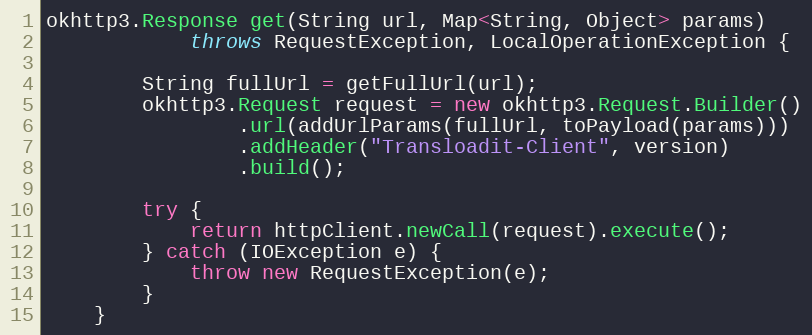
Language: Java
okhttp3.Response get(String url, Map<String, Object> params)
            throws RequestException, LocalOperationException {

        String fullUrl = getFullUrl(url);
        okhttp3.Request request = new okhttp3.Request.Builder()
                .url(addUrlParams(fullUrl, toPayload(params)))
                .addHeader("Transloadit-Client", version)
                .build();

        try {
            return httpClient.newCall(request).execute();
        } catch (IOException e) {
            throw new RequestException(e);
        }
    }